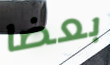
بعضا